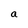
Character: a